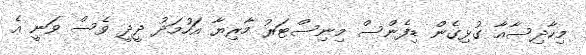
މިހާދިސާއާ ގުޅިގެން ޑިފެންސް މިނިސްޓަރު މާރިޔާ އަހުމަދު ދީދީ ވެސް ވަނީ އެ